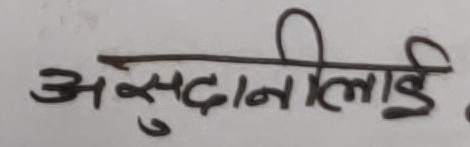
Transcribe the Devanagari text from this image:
असदुल्लाई